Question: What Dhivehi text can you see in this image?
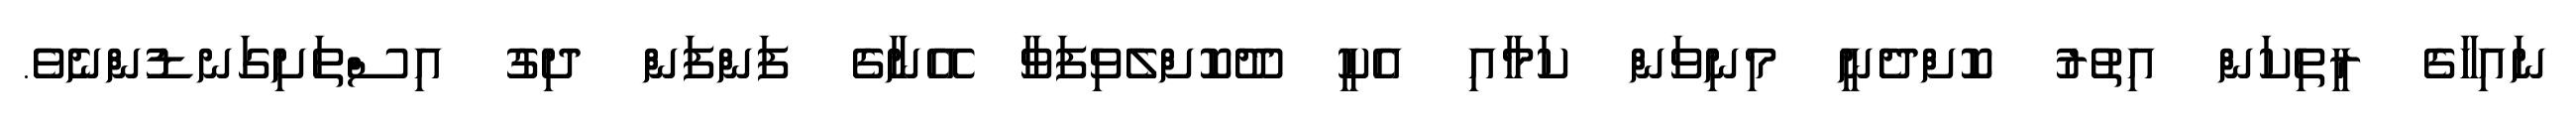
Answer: ނައިހާގެ ރީތިކަން އިތުރު ކޮށްދެނީ މިނިވަން ކަމާއި އެކީ ދޫކޮށްލެވިފަވާ އޭނާގެ ފަންފަން ދިގު އިސްތަށިގަނޑުންނެވެ.